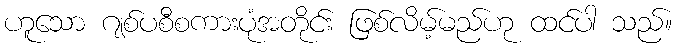
ဟူသော ဂျစ်ပစီစကားပုံအတိုင်း ဖြစ်လိမ့်မည်ဟု ထင်ပါ သည်။